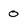
Character: o